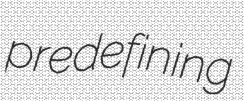
predefining